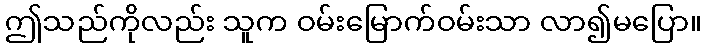
ဤသည်ကိုလည်း သူက ဝမ်းမြောက်ဝမ်းသာ လာ၍မပြော။